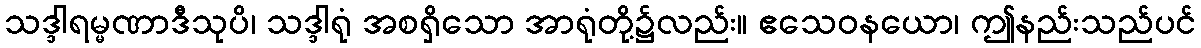
သဒ္ဒါရမ္မဏာဒီသုပိ၊ သဒ္ဒါရုံ အစရှိသော အာရုံတို့၌လည်း။ ဧသေဝနယော၊ ဤနည်းသည်ပင်